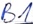
Text: B1